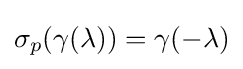
\sigma _{p}(\gamma (\lambda ))=\gamma (-\lambda )